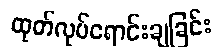
ထုတ်လုပ်ရောင်းချခြင်း